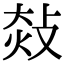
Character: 𢽀